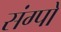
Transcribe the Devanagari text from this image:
संग्पो